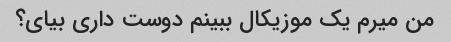
من میرم یک موزیکال ببینم دوست داری بیای؟